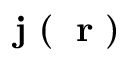
\mathrm { ~ \bf ~ j ~ } ( \mathrm { ~ \bf ~ r ~ } )